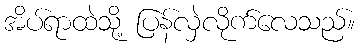
အိပ်ရာထဲသို့ ပြန်လှဲလိုက်လေသည်။